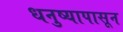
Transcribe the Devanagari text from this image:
धनुष्यापासून